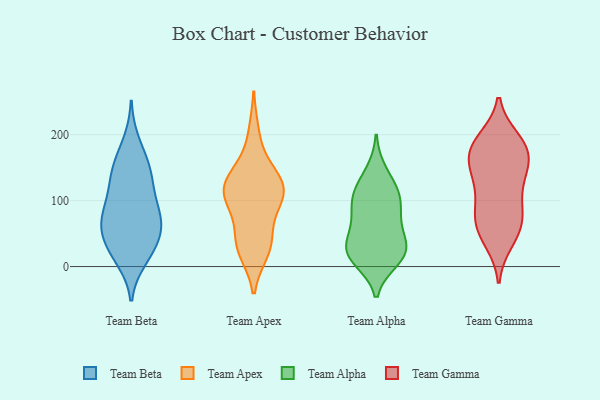
{"axis": {"x": "Temperature (°C)", "y": "Value"}, "legend": ["Team Alpha", "Team Apex", "Team Beta", "Team Gamma"], "data": [{"x": "", "y": 148, "type": "Team Beta"}, {"x": "", "y": 32, "type": "Team Beta"}, {"x": "", "y": 79, "type": "Team Beta"}, {"x": "", "y": 66, "type": "Team Beta"}, {"x": "", "y": 150, "type": "Team Beta"}, {"x": "", "y": 67, "type": "Team Beta"}, {"x": "", "y": 117, "type": "Team Beta"}, {"x": "", "y": 69, "type": "Team Beta"}, {"x": "", "y": 71, "type": "Team Beta"}, {"x": "", "y": 154, "type": "Team Beta"}, {"x": "", "y": 188, "type": "Team Beta"}, {"x": "", "y": 12, "type": "Team Beta"}, {"x": "", "y": 19, "type": "Team Beta"}, {"x": "", "y": 50, "type": "Team Beta"}, {"x": "", "y": 28, "type": "Team Beta"}, {"x": "", "y": 124, "type": "Team Beta"}, {"x": "", "y": 100, "type": "Team Beta"}, {"x": "", "y": 42, "type": "Team Apex"}, {"x": "", "y": 121, "type": "Team Apex"}, {"x": "", "y": 110, "type": "Team Apex"}, {"x": "", "y": 102, "type": "Team Apex"}, {"x": "", "y": 200, "type": "Team Apex"}, {"x": "", "y": 124, "type": "Team Apex"}, {"x": "", "y": 141, "type": "Team Apex"}, {"x": "", "y": 136, "type": "Team Apex"}, {"x": "", "y": 100, "type": "Team Apex"}, {"x": "", "y": 25, "type": "Team Apex"}, {"x": "", "y": 38, "type": "Team Apex"}, {"x": "", "y": 30, "type": "Team Apex"}, {"x": "", "y": 106, "type": "Team Apex"}, {"x": "", "y": 15, "type": "Team Alpha"}, {"x": "", "y": 32, "type": "Team Alpha"}, {"x": "", "y": 117, "type": "Team Alpha"}, {"x": "", "y": 67, "type": "Team Alpha"}, {"x": "", "y": 21, "type": "Team Alpha"}, {"x": "", "y": 10, "type": "Team Alpha"}, {"x": "", "y": 82, "type": "Team Alpha"}, {"x": "", "y": 51, "type": "Team Alpha"}, {"x": "", "y": 92, "type": "Team Alpha"}, {"x": "", "y": 27, "type": "Team Alpha"}, {"x": "", "y": 112, "type": "Team Alpha"}, {"x": "", "y": 144, "type": "Team Alpha"}, {"x": "", "y": 21, "type": "Team Alpha"}, {"x": "", "y": 107, "type": "Team Alpha"}, {"x": "", "y": 182, "type": "Team Gamma"}, {"x": "", "y": 59, "type": "Team Gamma"}, {"x": "", "y": 90, "type": "Team Gamma"}, {"x": "", "y": 154, "type": "Team Gamma"}, {"x": "", "y": 147, "type": "Team Gamma"}, {"x": "", "y": 150, "type": "Team Gamma"}, {"x": "", "y": 43, "type": "Team Gamma"}, {"x": "", "y": 66, "type": "Team Gamma"}, {"x": "", "y": 182, "type": "Team Gamma"}, {"x": "", "y": 74, "type": "Team Gamma"}, {"x": "", "y": 105, "type": "Team Gamma"}, {"x": "", "y": 75, "type": "Team Gamma"}, {"x": "", "y": 38, "type": "Team Gamma"}, {"x": "", "y": 137, "type": "Team Gamma"}, {"x": "", "y": 169, "type": "Team Gamma"}, {"x": "", "y": 193, "type": "Team Gamma"}, {"x": "", "y": 191, "type": "Team Gamma"}, {"x": "", "y": 178, "type": "Team Gamma"}, {"x": "", "y": 121, "type": "Team Gamma"}]}